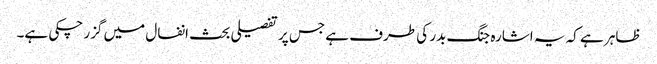
ظاہر ہے کہ یہ اشارہ جنگ بدر کی طرف ہے جس پر تفصیلی بحث انفال میں گزر چکی ہے۔